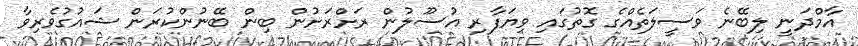
އާމްދަނީ ލިބޭނެ ވަސީލަތެއްގެ ގޮތުގައި ވިޔަފާރި އުސޫލުން ރަށްރަށުން ބިން ބޭނުންކުރަން ޝައުގުވެރިވާ